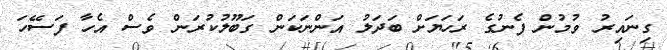
ގިނައިރު ވުމުން ފެނުގެ ރަހަޔަށް ބަދަލު އަންނަކަން ގަބޫލުކުރަން ވެސް އެހާ ފަސޭހަ